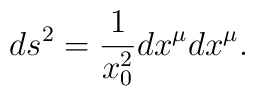
ds^2={1\over x_0^2}dx^\mu dx^\mu.